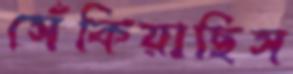
সেঁকিয়াছিস